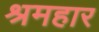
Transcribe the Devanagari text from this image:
श्रमहार